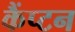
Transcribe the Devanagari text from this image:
कैंप्टन